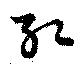
紅